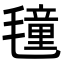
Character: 𭯤